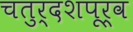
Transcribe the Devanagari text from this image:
चतुर्दशपूर्व